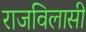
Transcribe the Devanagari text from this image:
राजविलासी